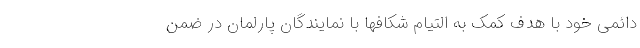
دائمی خود با هدف کمک به التیام شکافها با نمایندگان پارلمان در ضمن